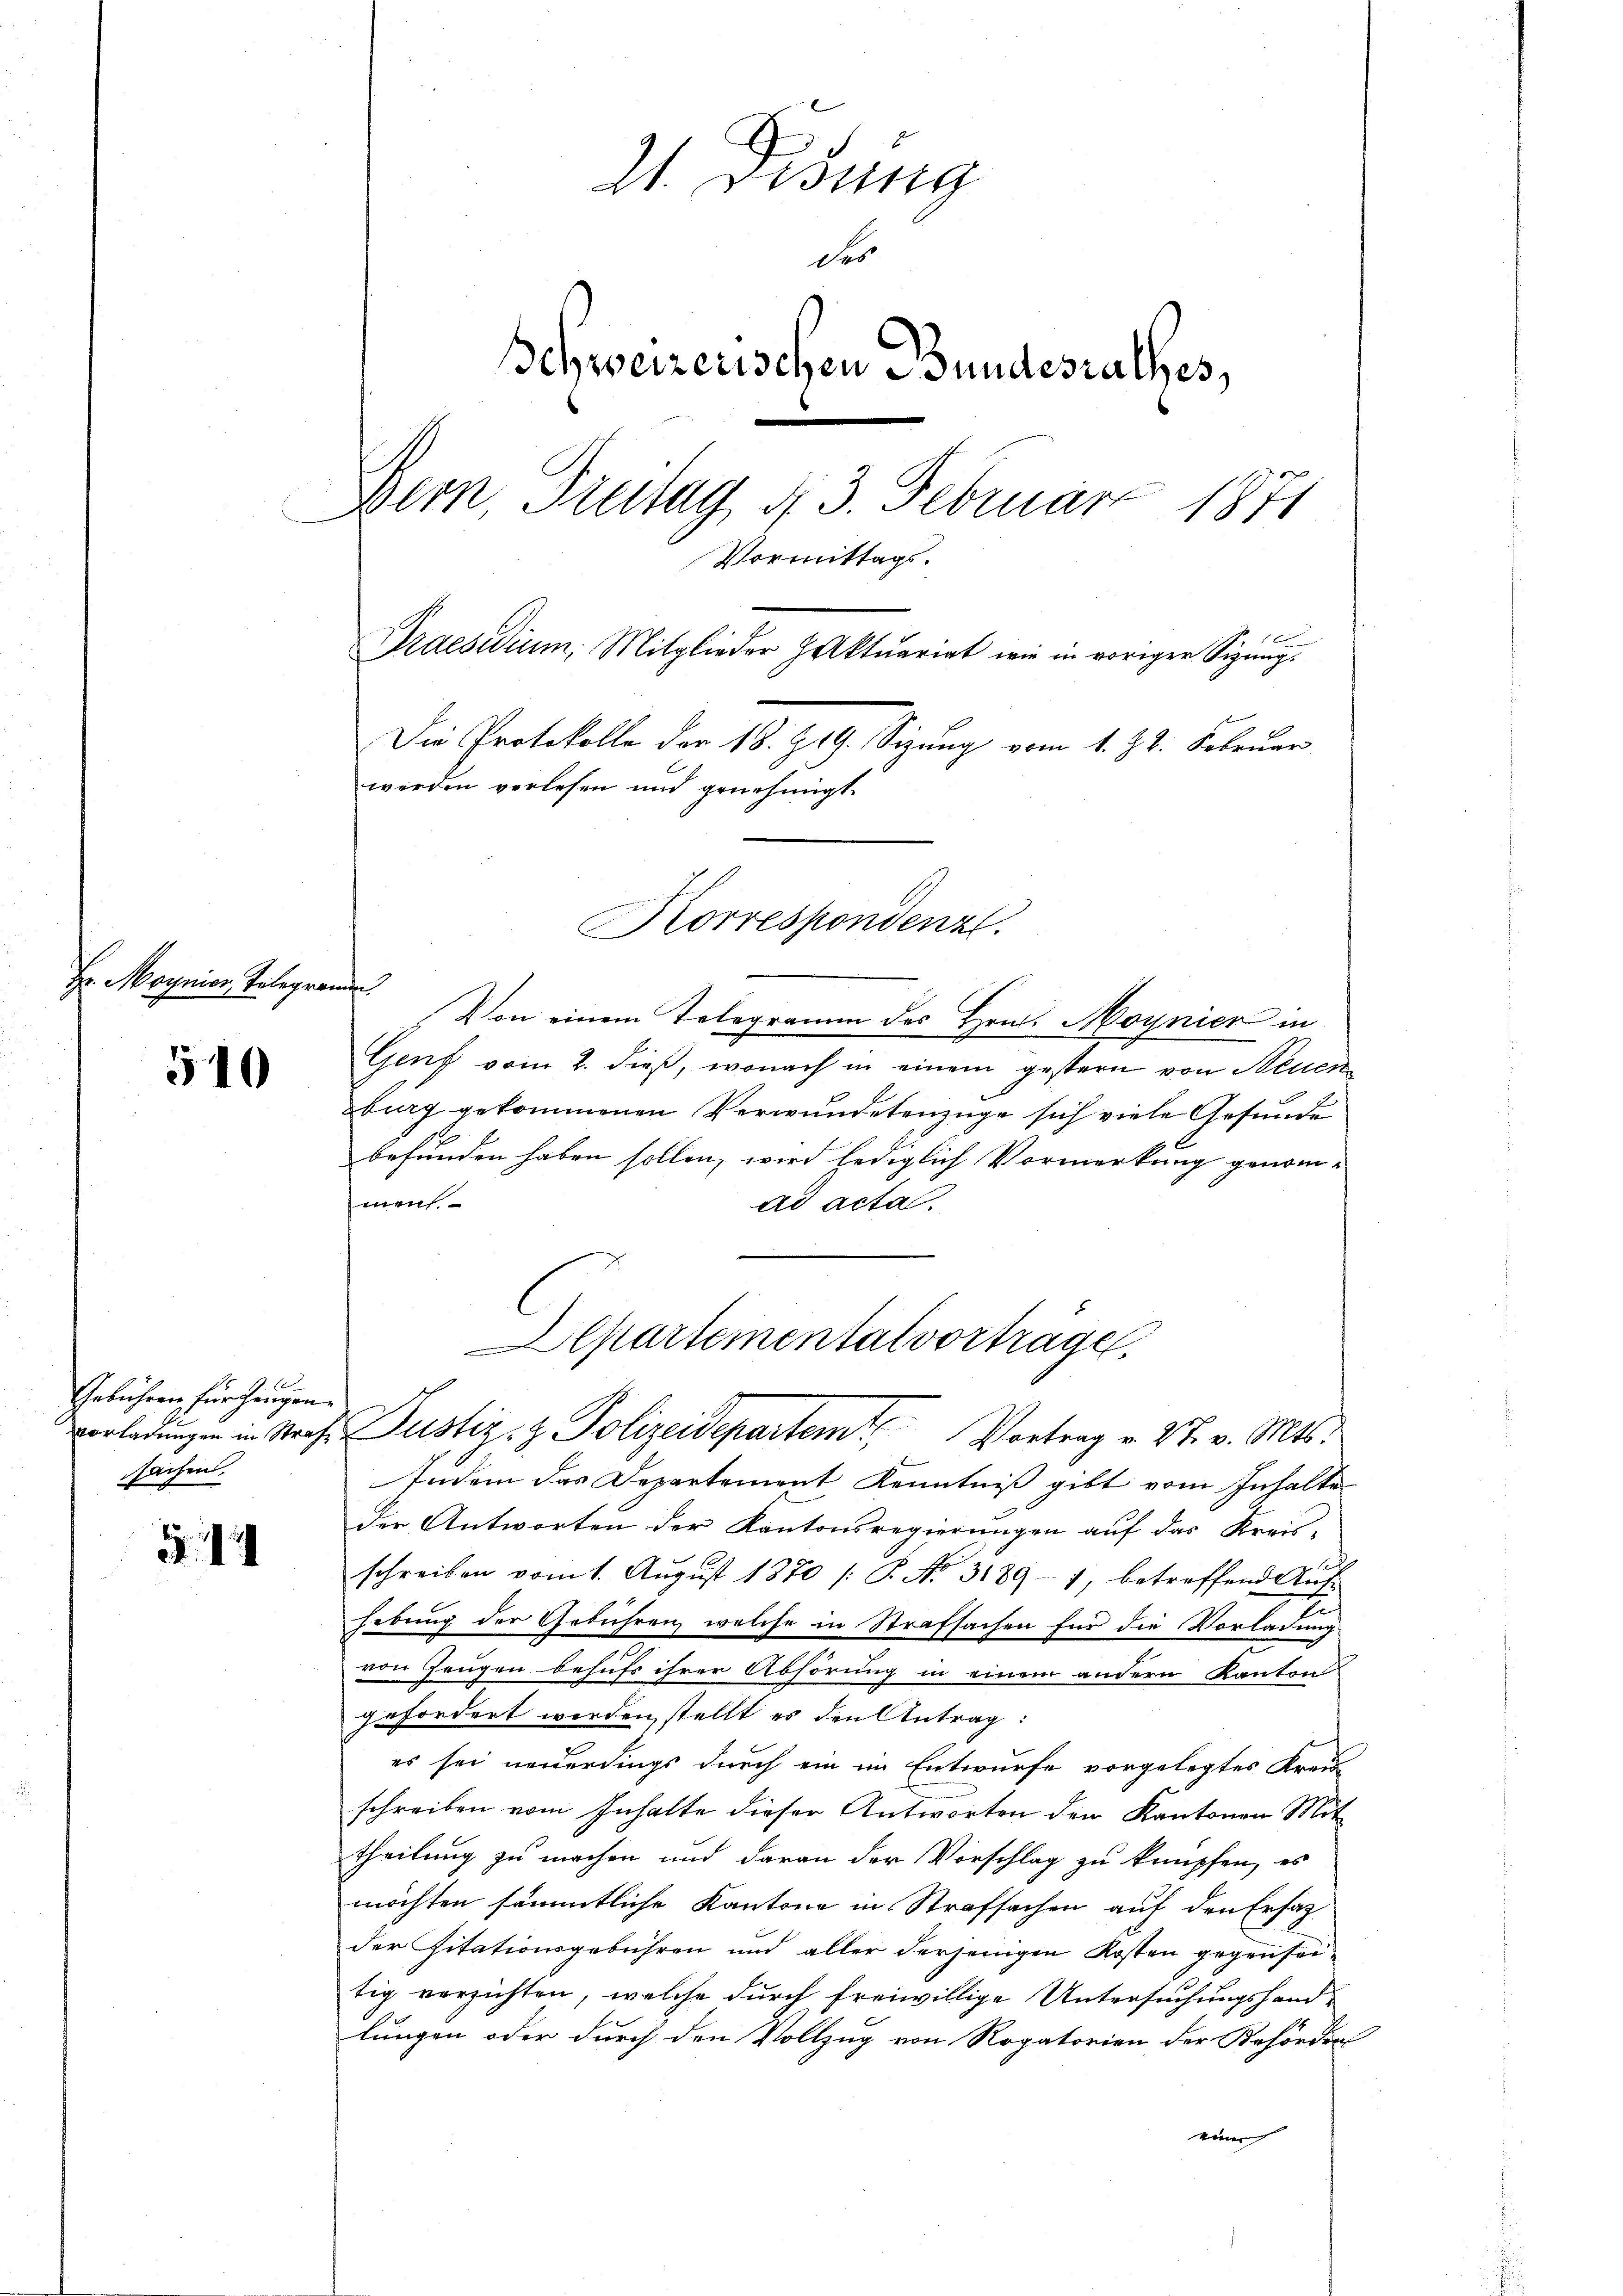
v. Moynion Telegrammen.

540

E
Gebühren für zeigen.
sachen.

21. Disung
des
Schweizerischen Bundesrathes,
Bern, Freitag d. 3. Febmärz 1871
Vormittags.
Praesidium, Mitglieder Jaktuariat wie in voriger Sigung.
Die Protokolle der 18. Zug. Sizung vom 1. Zt. Soleuer
werden verlesen und genehmigt.
Korrespondenz.

Von einem Telegramm des Hrn. Moynier in
Genf vom 2. dieß, wonach in einem gestern von Neuen
burg gekommenen Verwundetenzüge sich viele Gesunde
befunden haben sollen, wird lediglich Vormerkung genom-
men.
ad acta.
Indem das Departement Kenntniß gibt vom Inhalte
der Antworten der Kantonsregierungen auf das Kreis-
schreiben vom 1. Aŭgŭst 1870 /: P. No. 3189 - 1, betreffend Aŭf-
Ei
hebung der Gebühren welche in Strafsachen für die Vorladung
von Zeugen behufs ihrer Abhörung in einem andern Kanton
gefordert werden, stellt es den Antrag:
es sei neuerdings durch ein im Entwurfe vorgelegtes Kreu
schreiben vom Inhalte dieser Antworten den Kantonen Mit
theilung zu machen und daran der Vorschlag zu knüpfen, es
möchten sämmtliche Kantone in Strafsachen auf den Ersatz
der Zitationsgebühren und aller derjenigen Kosten gegenseitig verzichten, welche durch freiwillige Untersuchungshandlungen oder durch den Vollzug von Rogatorien der Behörders
einer |

Alpartemental vortrage
vorladungen in Straf Justiz- & Polizeidepartem Vortrag v. 27. v. Mts.